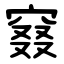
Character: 窡